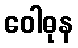
ဝေါဓုန